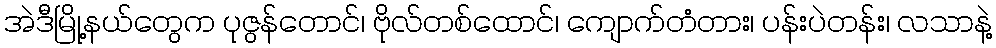
အဲဒီမြို့နယ်တွေက ပုဇွန်တောင်၊ ဗိုလ်တစ်ထောင်၊ ကျောက်တံတား၊ ပန်းပဲတန်း၊ လသာနဲ့